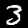
Digit: 3